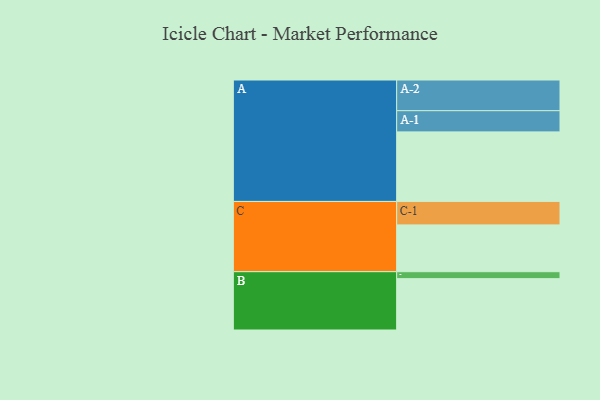
{"axis": {"x": "Segment", "y": "Value"}, "legend": ["", "A", "B", "C"], "data": [{"x": "A", "y": 519, "type": ""}, {"x": "B", "y": 383, "type": ""}, {"x": "C", "y": 349, "type": ""}, {"x": "A-1", "y": 158, "type": "A"}, {"x": "A-2", "y": 229, "type": "A"}, {"x": "B-1", "y": 52, "type": "B"}, {"x": "C-1", "y": 175, "type": "C"}]}